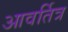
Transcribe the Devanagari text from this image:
आवर्तित्र